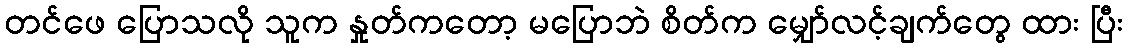
တင်ဖေ ပြောသလို သူက နှုတ်ကတော့ မပြောဘဲ စိတ်က မျှော်လင့်ချက်တွေ ထား ပြီး